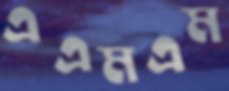
এএমএম